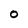
Character: 0